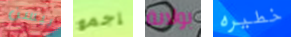
بيسن إجمع بولاية خطيره